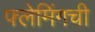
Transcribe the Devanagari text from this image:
फ्लेमिंगची